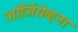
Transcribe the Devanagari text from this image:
जॉर्जियेव्हना